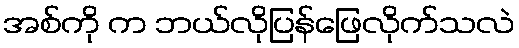
အစ်ကို က ဘယ်လိုပြန်ဖြေလိုက်သလဲ